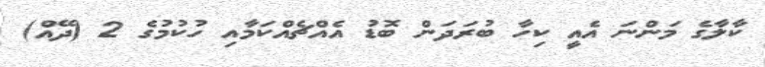
ކާލާގެ މަންނަ އެއީ ކިހާ ބުރަދަން ބޮޑު އެއްޗެއްކަމާއި ހުކުމުގެ 2 (ދޭއް)